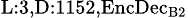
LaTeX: _{\textrm{L}:3,\textrm{D}:1152,\textrm{EncDec}_{\textrm{B}2}}